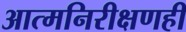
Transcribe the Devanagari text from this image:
आत्मनिरीक्षणही